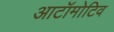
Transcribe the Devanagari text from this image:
आटॉमोटिव